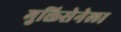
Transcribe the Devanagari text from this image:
मुक्तिसेनेला